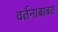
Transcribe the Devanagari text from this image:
वर्तनाबाबत